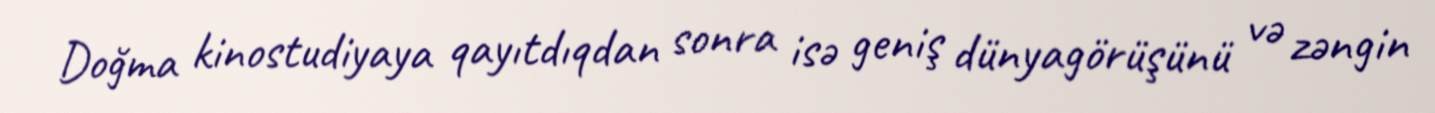
Doğma kinostudiyaya qayıtdıqdan sonra isə geniş dünyagörüşünü və zəngin